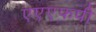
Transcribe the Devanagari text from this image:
एएएफपी